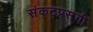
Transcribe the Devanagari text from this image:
संकटप्रसंगी